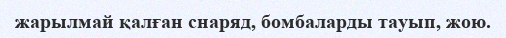
жарылмай қалған снаряд, бомбаларды тауып, жою.